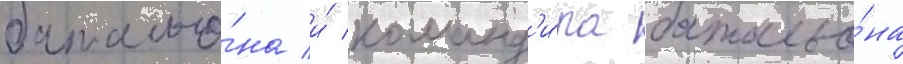
батальо́на и́ команд'и́ра батальо́на